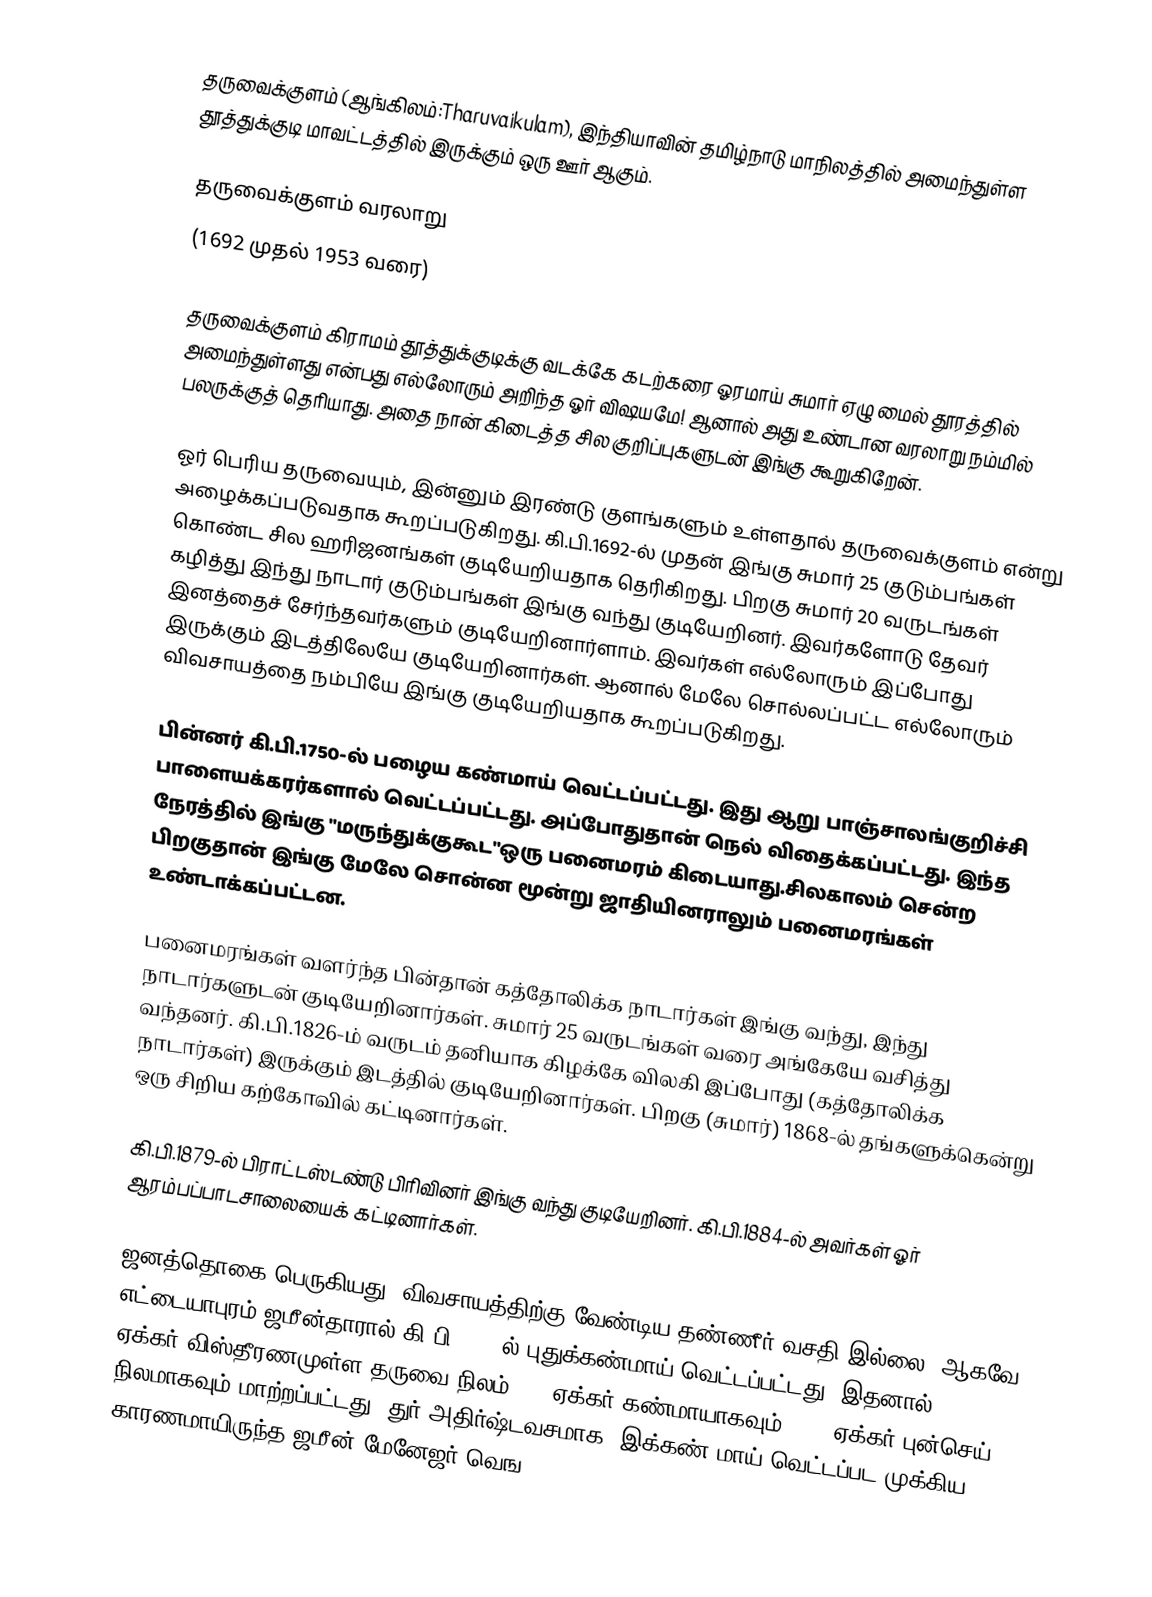
தருவைக்குளம் (ஆங்கிலம்:Tharuvaikulam), இந்தியாவின் தமிழ்நாடு மாநிலத்தில் அமைந்துள்ள தூத்துக்குடி மாவட்டத்தில் இருக்கும் ஒரு ஊர் ஆகும்.

தருவைக்குளம் வரலாறு
  (1692 முதல் 1953 வரை)

தருவைக்குளம் கிராமம் தூத்துக்குடிக்கு வடக்கே கடற்கரை ஓரமாய் சுமார் ஏழு மைல் தூரத்தில் அமைந்துள்ளது என்பது எல்லோரும் அறிந்த ஓர் விஷயமே!  ஆனால் அது உண்டான வரலாறு நம்மில் பலருக்குத் தெரியாது. அதை நான் கிடைத்த சில குறிப்புகளுடன் இங்கு கூறுகிறேன்.

ஓர் பெரிய தருவையும், இன்னும் இரண்டு குளங்களும் உள்ளதால் தருவைக்குளம் என்று அழைக்கப்படுவதாக கூறப்படுகிறது. கி.பி.1692-ல் முதன் இங்கு சுமார் 25 குடும்பங்கள் கொண்ட சில ஹரிஜனங்கள் குடியேறியதாக தெரிகிறது. பிறகு சுமார் 20 வருடங்கள் கழித்து இந்து நாடார் குடும்பங்கள் இங்கு வந்து குடியேறினர். இவர்களோடு தேவர் இனத்தைச்  சேர்ந்தவர்களும் குடியேறினார்ளாம். இவர்கள் எல்லோரும் இப்போது இருக்கும் இடத்திலேயே குடியேறினார்கள். ஆனால் மேலே சொல்லப்பட்ட எல்லோரும் விவசாயத்தை நம்பியே இங்கு குடியேறியதாக கூறப்படுகிறது.

பின்னர் கி.பி.1750-ல் பழைய கண்மாய் வெட்டப்பட்டது. இது ஆறு பாஞ்சாலங்குறிச்சி பாளையக்கரர்களால் வெட்டப்பட்டது. அப்போதுதான் நெல் விதைக்கப்பட்டது. இந்த நேரத்தில் இங்கு "மருந்துக்குகூட"ஒரு பனைமரம் கிடையாது.சிலகாலம் சென்ற பிறகுதான் இங்கு மேலே சொன்ன மூன்று ஜாதியினராலும் பனைமரங்கள் உண்டாக்கப்பட்டன.

பனைமரங்கள் வளர்ந்த பின்தான் கத்தோலிக்க நாடார்கள் இங்கு வந்து, இந்து நாடார்களுடன் குடியேறினார்கள். சுமார் 25 வருடங்கள் வரை அங்கேயே வசித்து வந்தனர். கி.பி.1826-ம் வருடம் தனியாக கிழக்கே விலகி இப்போது (கத்தோலிக்க நாடார்கள்) இருக்கும் இடத்தில் குடியேறினார்கள். பிறகு (சுமார்) 1868-ல் தங்களுக்கென்று ஒரு சிறிய கற்கோவில் கட்டினார்கள்.

கி.பி.1879-ல் பிராட்டஸ்டண்டு பிரிவினர் இங்கு வந்து குடியேறினர். கி.பி.1884-ல் அவர்கள் ஓர் ஆரம்பப்பாடசாலையைக் கட்டினார்கள்.

ஜனத்தொகை பெருகியது, விவசாயத்திற்கு வேண்டிய தண்ணீர் வசதி இல்லை, ஆகவே எட்டையாபுரம் ஜமீன்தாரால் கி.பி.1897-ல் புதுக்கண்மாய் வெட்டப்பட்டது. இதனால் 800 ஏக்கர் விஸ்தீரணமுள்ள தருவை நிலம் 400 ஏக்கர் கண்மாயாகவும், 400 ஏக்கர் புன்செய் நிலமாகவும் மாற்றப்பட்டது. துர் அதிர்ஷ்டவசமாக,  இக்கண் மாய் வெட்டப்பட முக்கிய காரணமாயிருந்த ஜமீன் மேனேஜர் வெங